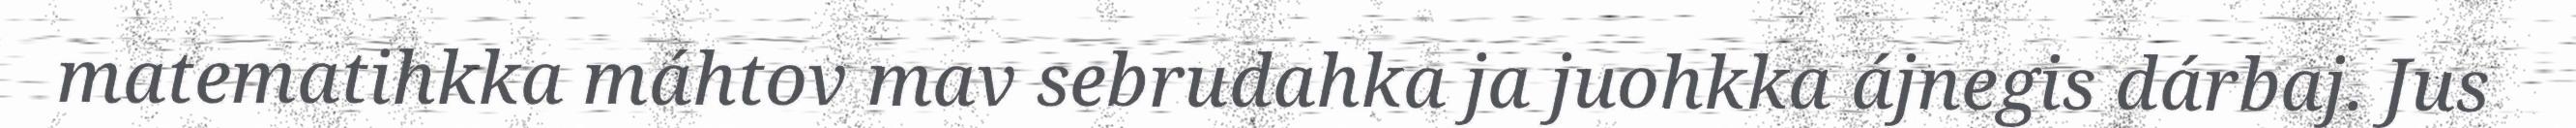
matematihkka máhtov mav sebrudahka ja juohkka ájnegis dárbaj. Jus